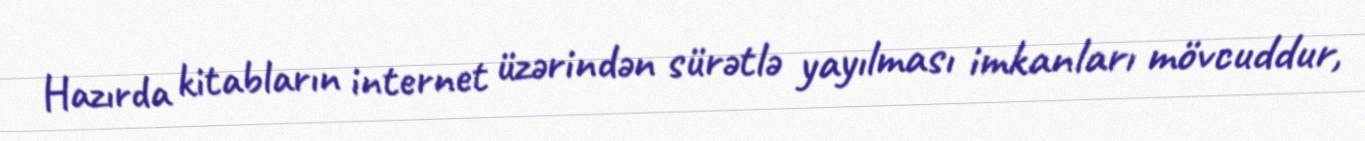
Hazırda kitabların internet üzərindən sürətlə yayılması imkanları mövcuddur,